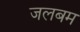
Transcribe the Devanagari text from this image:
जलबम